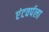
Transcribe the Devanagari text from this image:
एंटवर्पला